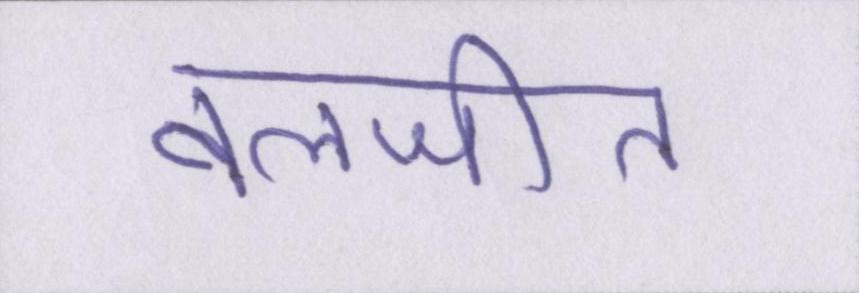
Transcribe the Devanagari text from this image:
बलजीत